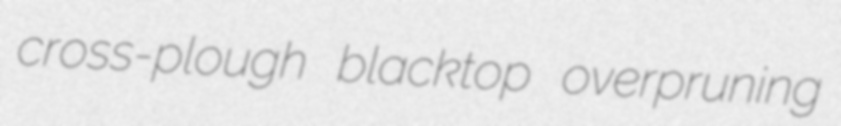
cross-plough blacktop overpruning